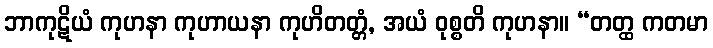
ဘာကုဋိယံ ကုဟနာ ကုဟာယနာ ကုဟိတတ္တံ, အယံ ဝုစ္စတိ ကုဟနာ။ “တတ္ထ ကတမာ